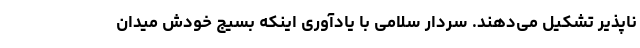
ناپذیر تشکیل می‌دهند. سردار سلامی با یادآوری اینکه بسیج خودش میدان